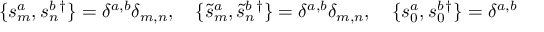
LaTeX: \{ s _ { m } ^ { a } , s _ { n } ^ { b } { } ^ { \dagger } \} = \delta ^ { a , b } \delta _ { m , n } , ~ ~ ~ \{ \tilde { s } _ { m } ^ { a } , \tilde { s } _ { n } ^ { b } { } ^ { \dagger } \} = \delta ^ { a , b } \delta _ { m , n } , ~ ~ ~ \{ s _ { 0 } ^ { a } , s _ { 0 } ^ { b } { } ^ { \dagger } \} = \delta ^ { a , b }